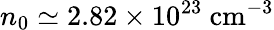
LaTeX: n_{0}\simeq 2.82\times 10^{23}~\mathrm{cm^{-3}}